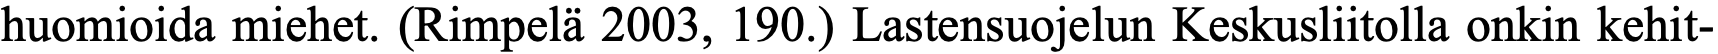
huomioida miehet. (Rimpelä 2003, 190.) Lastensuojelun Keskusliitolla onkin kehit-